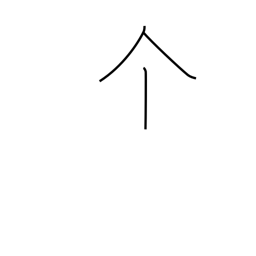
Meaning: individual